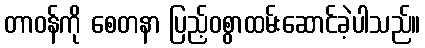
တာဝန်ကို စေတနာ ပြည့်ဝစွာထမ်းဆောင်ခဲ့ပါသည်။